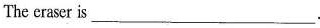
The eraser is ___.